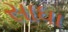
સાધા